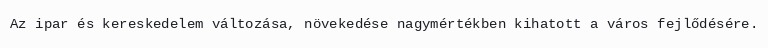
Az ipar és kereskedelem változása, növekedése nagymértékben kihatott a város fejlődésére.